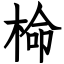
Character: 椧